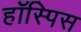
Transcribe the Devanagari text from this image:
हॉस्पिस